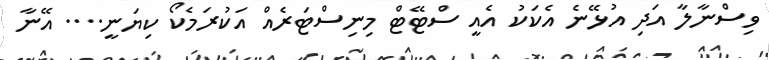
ވިސްނާލާ އަދި އުޅޭނެ އެކަކު އެއީ ސްޓޭޓް މިނިސްޓަރެއް އަކުރަމެކޯ ކިޔަނީ.... އޭނާ